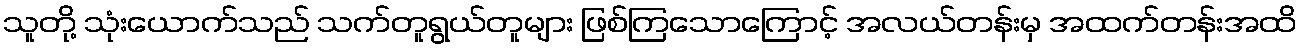
သူတို့ သုံးယောက်သည် သက်တူရွယ်တူများ ဖြစ်ကြသောကြောင့် အလယ်တန်းမှ အထက်တန်းအထိ